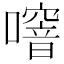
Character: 噾